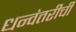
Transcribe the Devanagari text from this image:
धन्वंतरीची